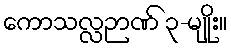
ကောသလ္လဉာဏ် ၃-မျိုး။